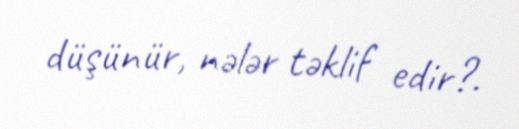
düşünür, nələr təklif edir?.